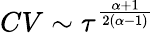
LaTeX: CV\sim\tau^{\frac{\alpha+1}{2(\alpha-1)}}